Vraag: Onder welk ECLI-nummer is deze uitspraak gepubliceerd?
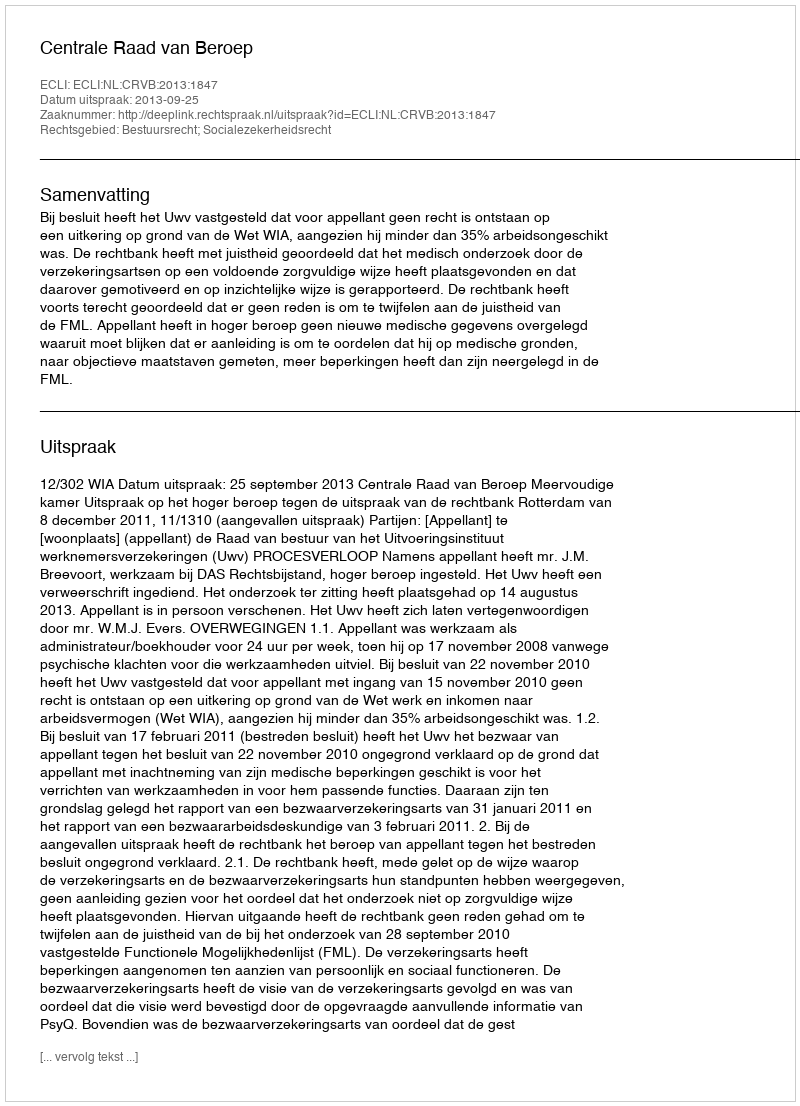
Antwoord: ECLI:NL:CRVB:2013:1847